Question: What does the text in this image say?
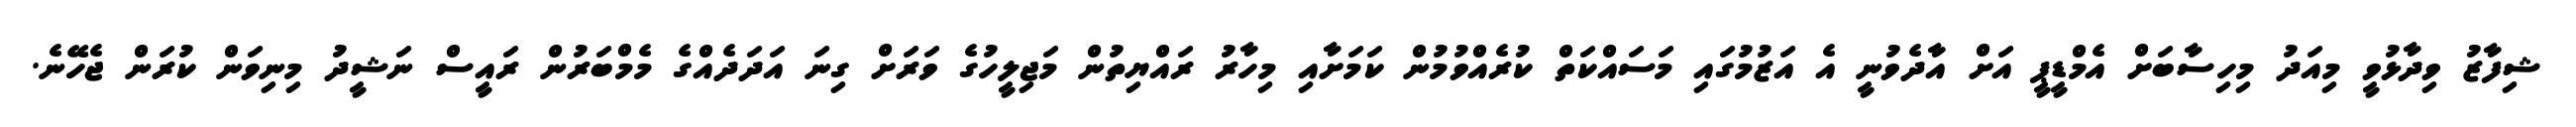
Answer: ޝިފާޒު ވިދާޅުވީ މިއަދު މިހިސާބަށް އެމްޑީޕީ އަށް އާދެވުނީ އެ އަޒުމުގައި މަސައްކަތް ކުރެއްވުމުން ކަމަށާއި މިހާރު ރައްޔިތުން މަޖިލީހުގެ ވަރަށް ގިނަ އަދަދެއްގެ މެމްބަރުން ރައީސް ނަޝީދު މިނިވަން ކުރަން ޖެހޭނެ.